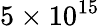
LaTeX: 5\times 10^{15}